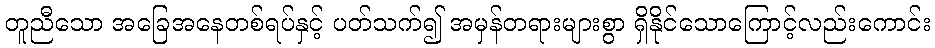
တူညီသော အခြေအနေတစ်ရပ်နှင့် ပတ်သက်၍ အမှန်တရားများစွာ ရှိနိုင်သောကြောင့်လည်းကောင်း